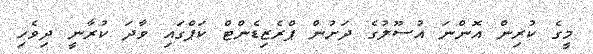
މީގެ ކުރިން އޮންނަ އުސޫލުގެ ދަށުން ޕްރެޒިޑެންޓް ކަޕްގައި ވާދަ ކުރާނީ ދިވެހި